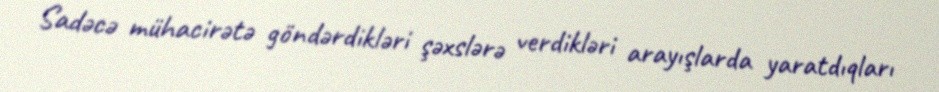
Sadәcә mühacirәtә göndәrdiklәri şәxslәrә verdiklәri arayışlarda yaratdıqları